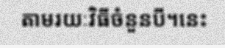
តាមរយៈវិធីចំនួនបី។នេះ